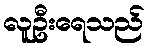
လူဦးရေသည်